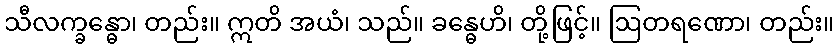
သီလက္ခန္ဓော၊ တည်း။ ဣတိ အယံ၊ သည်။ ခန္ဓေဟိ၊ တို့ဖြင့်။ ဩတရဏော၊ တည်း။